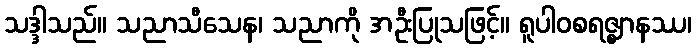
သဒ္ဒါသည်။ သညာသီသေန၊ သညာကို အဦးပြုသဖြင့်။ ရူပါဝစရဇ္ဈာနဿ၊